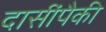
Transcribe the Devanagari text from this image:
दासींपैकी